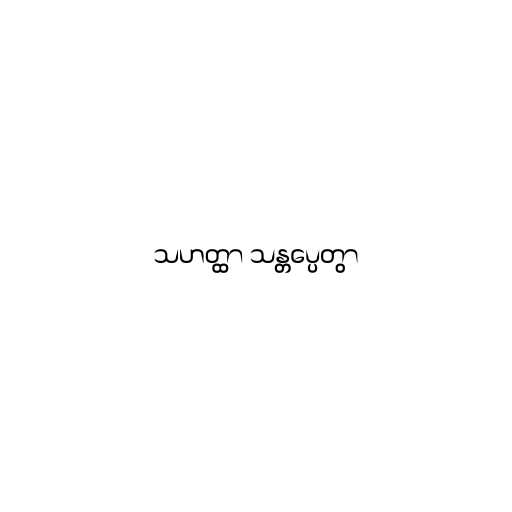
သဟတ္ထာ သန္တပ္ပေတွာ